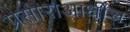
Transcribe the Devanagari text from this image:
प्रसाराआधीच